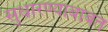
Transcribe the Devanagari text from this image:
सुधारण्याबाबत